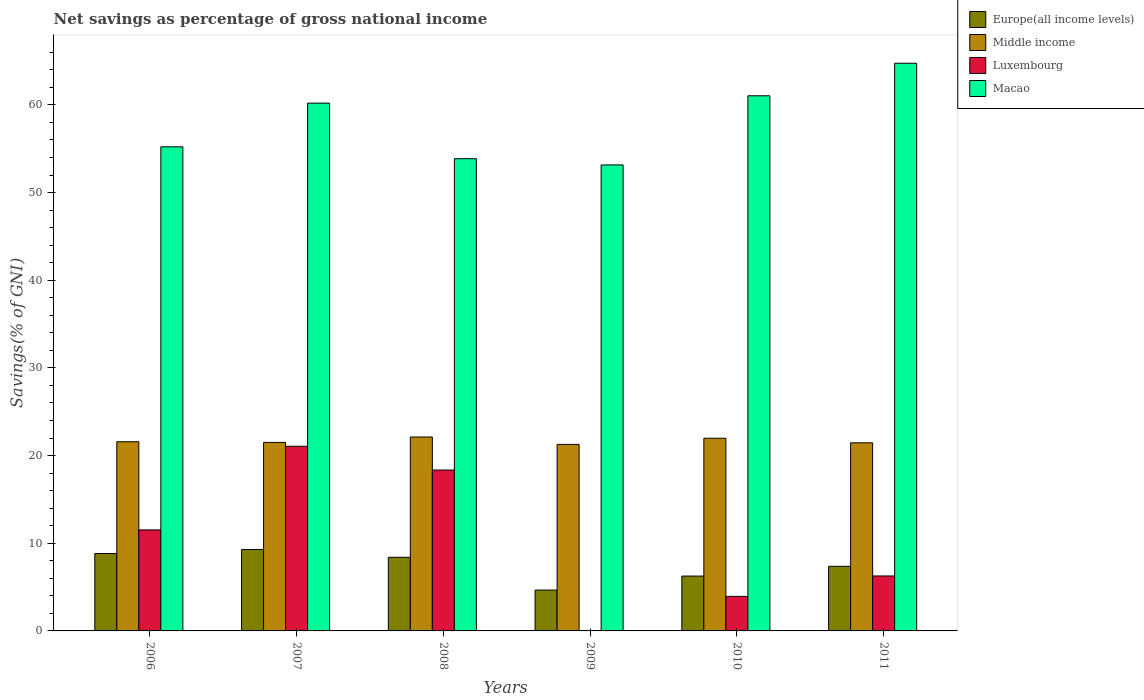
| Years | Europe(all income levels) | Middle income | Luxembourg | Macao |
 | --- | --- | --- | --- | --- |
 | 2006 | 8.83 | 21.6 | 11.5 | 55.2 |
 | 2007 | 9.29 | 21.5 | 21.1 | 60.2 |
 | 2008 | 8.4 | 22.1 | 18.4 | 53.9 |
 | 2009 | 4.66 | 21.3 | -2.64 | 53.2 |
 | 2010 | 6.26 | 22 | 3.94 | 61 |
 | 2011 | 7.37 | 21.5 | 6.27 | 64.8 |